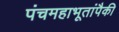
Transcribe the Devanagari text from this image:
पंचमहाभूतांपैकी